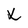
Character: X